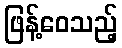
ဖြန့်ဝေသည့်